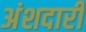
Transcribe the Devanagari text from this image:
अंशदारी